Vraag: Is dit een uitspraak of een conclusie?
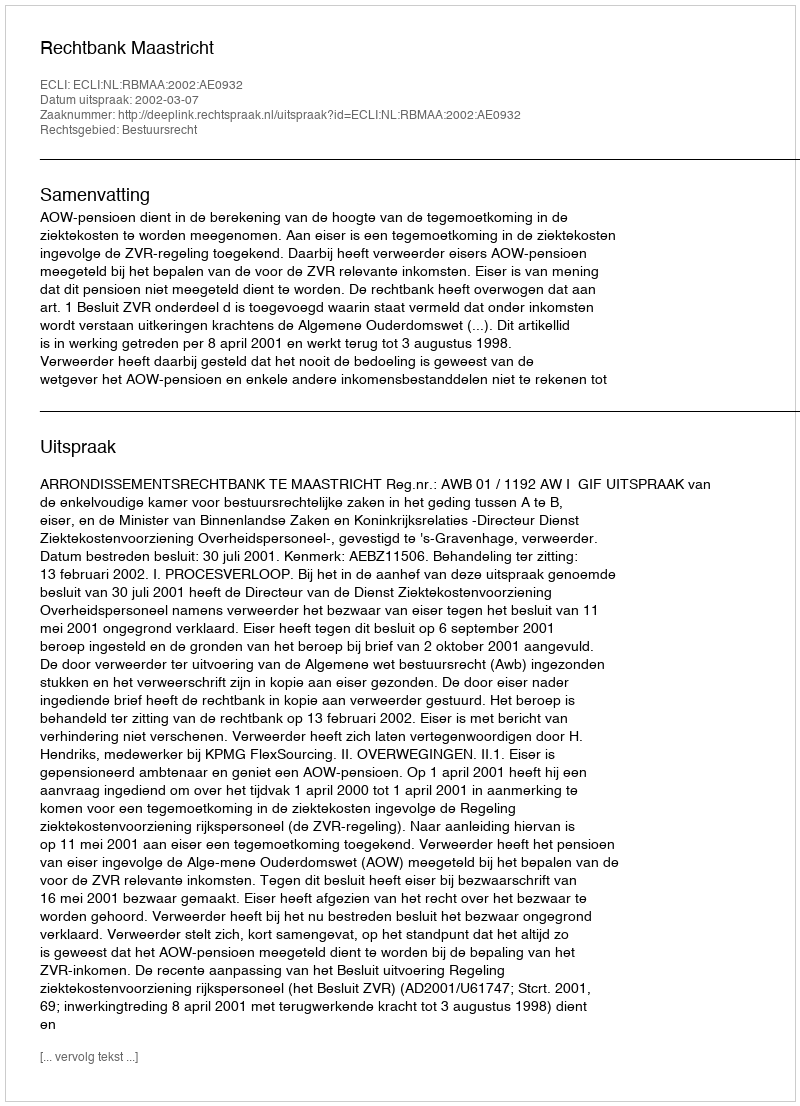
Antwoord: Uitspraak